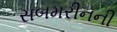
સબમરીનની